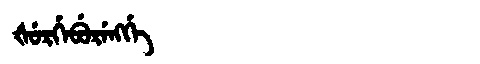
Manchu: ᡧᡠᡵᡤᡝᠪᡠᡵᡝᠩᡤᡝ
Romanization: ŠURGEBURENGGE